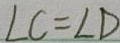
\angle C = \angle D